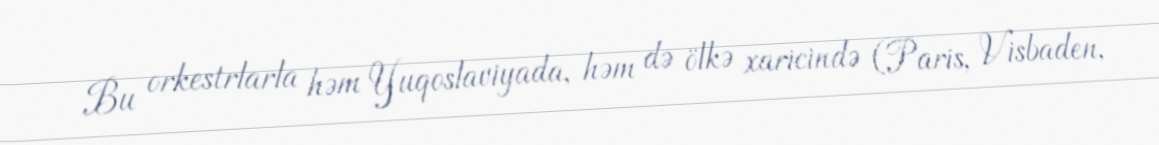
Bu orkestrlarla həm Yuqoslaviyada, həm də ölkə xaricində (Paris, Visbaden,